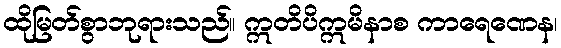
ထိုမြတ်စွာဘုရားသည်။ ဣတိပိဣမိနာစ ကာရေဏေန၊